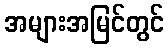
အများအမြင်တွင်